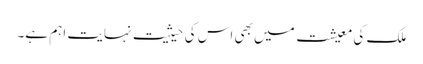
ملک کی معیشت میں بھی اس کی حیثیت نہایت اہم ہے۔